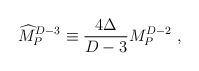
LaTeX: \begin{align*}{\widehat M}_P^{D-3}\equiv {4\Delta\over{D-3}}M_P^{D-2}~,\end{align*}